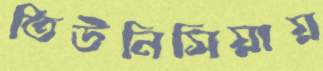
তিউনিসিয়ায়